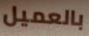
بالعميل